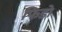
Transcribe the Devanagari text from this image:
फिडो